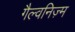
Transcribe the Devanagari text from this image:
गैल्वनिज़्म